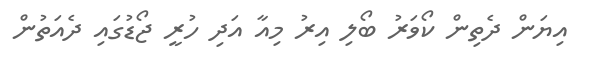
އިޔަން ދެތިން ކޯވަރު ބޯލި އިރު މިއާ އަދި ހުރީ ޖޯޑުގައި ދެއަތުން